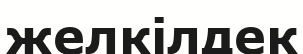
желкілдек